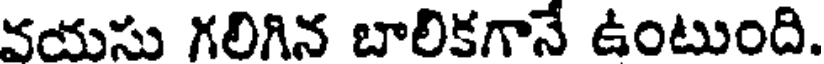
వయసు గలిగిన బాలికగానే ఉంటుంది.